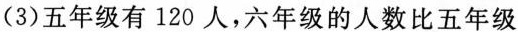
(3)五年级有120人，六年级的人数比五年级